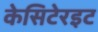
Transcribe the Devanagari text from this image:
केसिटेरइट